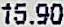
15.90